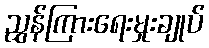
ညွှန်ကြားရေးမှုးချုပ်